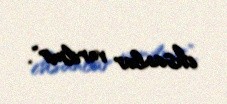
ehsanlar verilmir".